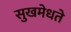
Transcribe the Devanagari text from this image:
सुखमेधते